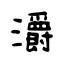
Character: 灂